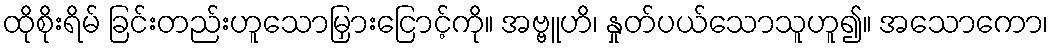
ထိုစိုးရိမ် ခြင်းတည်းဟူသောမြှားငြောင့်ကို။ အဗ္ဗူဟိ၊ နှုတ်ပယ်သောသူဟူ၍။ အသောကော၊